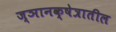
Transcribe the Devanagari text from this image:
ज्ञानक्षेत्रातील